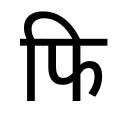
OCR:
फि